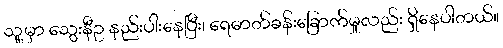
သူ့မှာ သွေးနီဥ နည်းပါးနေပြီး၊ ရေဓာတ်ခန်းခြောက်မှုလည်း ရှိနေပါတယ်။